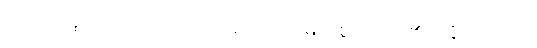
အကြင်သူသည်။ တဿဘဂဝတော၊ ထိုမြတ်စွာဘုရား၏။ ဥဒ္ဒိဿကတံ၊